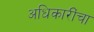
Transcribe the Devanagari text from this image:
अधिकारींचा